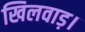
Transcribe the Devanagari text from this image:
खिलवाड़।